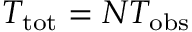
T _ { \mathrm { t o t } } = N T _ { \mathrm { o b s } }